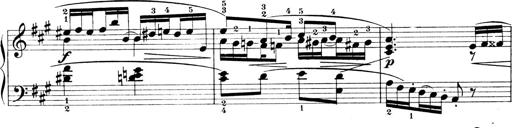
Title: 4 Sonatines
Composer: Max Reger